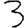
Digit: 3